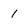
Character: 1